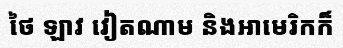
ថៃ ឡាវ វៀតណាម និងអាមេរិកក៏